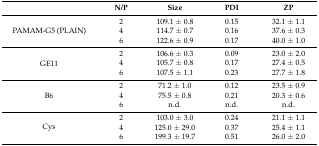
|  | N/P | Size | PDI | ZP |
 | --- | --- | --- | --- | --- |
 | <ROWSPAN=3> PAMAM-G5 (PLAIN) | 2 | 109.1 ± 0.8 | 0.15 | 32.1 ± 1.1 |
 | 4 | 114.7 ± 0.7 | 0.16 | 37.6 ± 0.3 |
 | 6 | 122.6 ± 0.9 | 0.17 | 40.0 ± 1.0 |
 | <ROWSPAN=3> GE11 | 2 | 106.6 ± 0.3 | 0.09 | 23.0 ± 2.0 |
 | 4 | 105.7 ± 0.8 | 0.17 | 27.4 ± 0.5 |
 | 6 | 107.5 ± 1.1 | 0.23 | 27.7 ± 1.8 |
 | <ROWSPAN=3> B6 | 2 | 71.2 ± 1.0 | 0.12 | 23.5 ± 0.9 |
 | 4 | 75.5 ± 0.8 | 0.21 | 20.3 ± 0.6 |
 | 6 | n.d. | n.d. | n.d. |
 | <ROWSPAN=3> Cys | 2 | 103.0 ± 3.0 | 0.24 | 21.1 ± 1.1 |
 | 4 | 125.0 ± 29.0 | 0.37 | 25.4 ± 1.1 |
 | 6 | 199.3 ± 19.7 | 0.51 | 26.0 ± 2.0 |